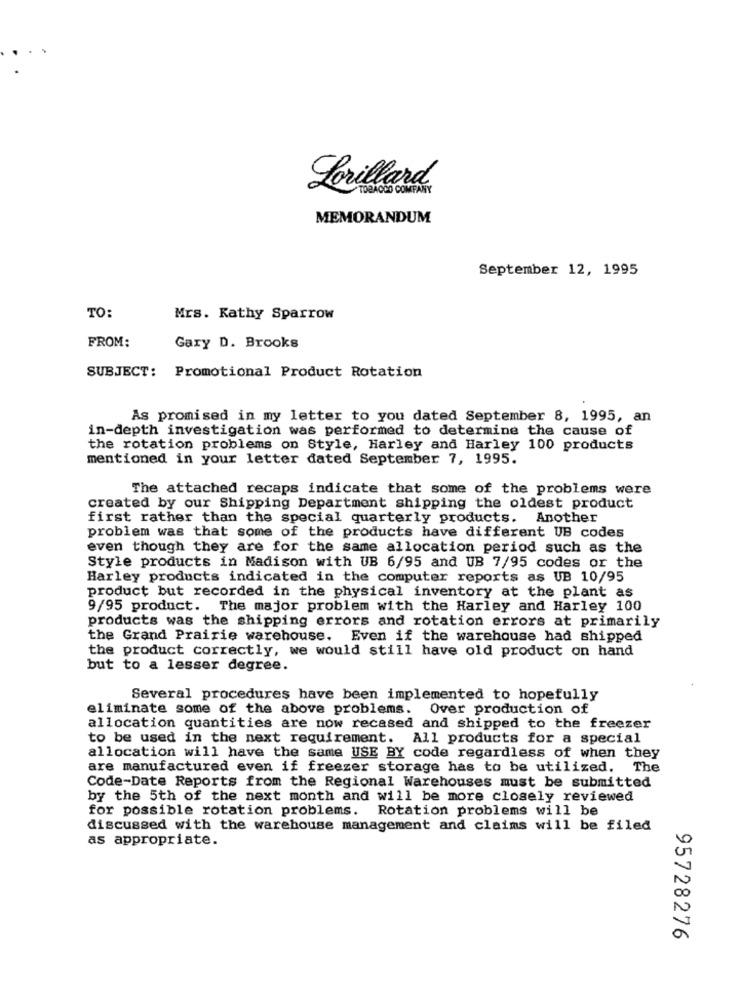
Lorillard
TOBACCO COMPANY
MEMORANDUM
September 12, 1995
TO:
Mrs. Kathy Sparrow
FROM:
Gary D. Brooks
SUBJECT: Promotional Product Rotation
As promised in my letter to you dated September 8, 1995, an
in-depth investigation was performed to determine the cause of
the rotation problems on Style, Harley and Harley 100 products
mentioned in your letter dated September 7, 1995.
The attached recaps indicate that some of the problems were
created by our Shipping Department shipping the oldest product
first rather than the special quarterly products. Another
problem was that some of the products have different UB codes
even though they are for the same allocation period such as the
Style products in Madison with UB 6/95 and UB 7/95 codes or the
Harley products indicated in the computer reports as UB 10/95
product but recorded in the physical inventory at the plant as
9/95 product. The major problem with the Harley and Harley 100
products was the shipping errors and rotation errors at primarily
the Grand Prairie warehouse. Even if the warehouse had shipped
the product correctly, we would still have old product on hand
but to a lesser degree.
Several procedures have been implemented to hopefully
eliminate some of the above problems. Over production of
allocation quantities are now recased and shipped to the freezer
to be used in the next requirement. All products for a special
allocation will have the same USE BY code regardless of when they
are manufactured even if freezer storage has to be utilized. The
Code-Date Reports from the Regional Warehouses must be submitted
by the 5th of the next month and will be more closely reviewed
for possible rotation problems. Rotation problems will be
discussed with the warehouse management and claims will be filed
as appropriate.
95728276